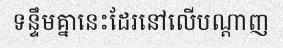
ទន្ទឹមគ្នានេះដែរនៅលើបណ្តាញ